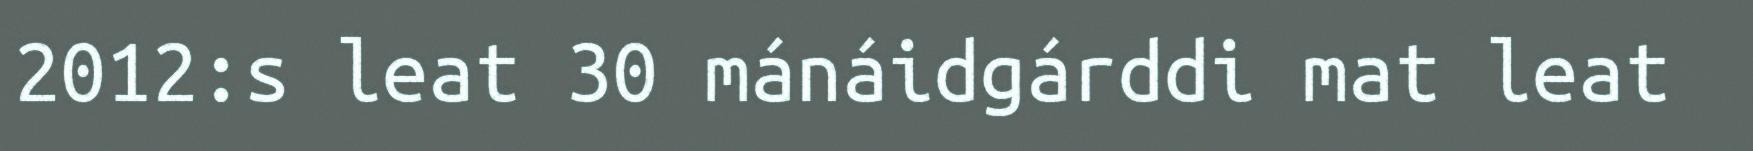
2012:s leat 30 mánáidgárddi mat leat